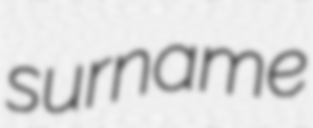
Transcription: surname